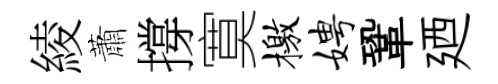
綾蕭撐寞檄娉鞏廼